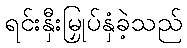
ရင်းနှီးမြှုပ်နှံခဲ့သည်